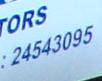
24543095